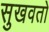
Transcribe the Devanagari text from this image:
सुखवतो